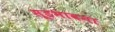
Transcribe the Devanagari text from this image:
सूडभावना